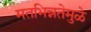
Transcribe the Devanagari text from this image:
मतभिन्नतेमुळे